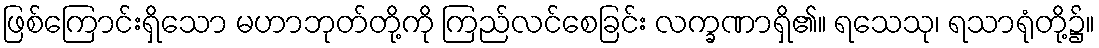
ဖြစ်ကြောင်းရှိသော မဟာဘုတ်တို့ကို ကြည်လင်စေခြင်း လက္ခဏာရှိ၏။ ရသေသု၊ ရသာရုံတို့၌။